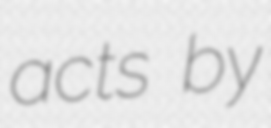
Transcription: acts by